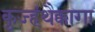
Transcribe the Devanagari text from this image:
कुज्हंथैक्कागा